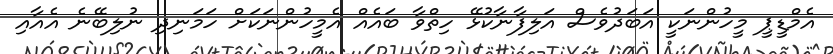
އެމްޑީޕީ މީހުންނަކީ އަބަދުވެސް އަލިފާނާކުޅޭ ހިތްވާ ބައެއް އެމީހުންނަކަށް ހަމަނިދި ނުލިބޭނެ އެއާއި